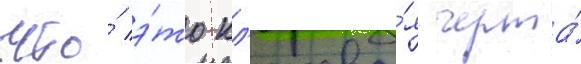
что́ э́то кл'ючева́я черта́